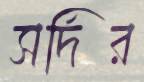
সর্দির